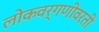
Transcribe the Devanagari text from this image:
लोकवर्गणीवरती